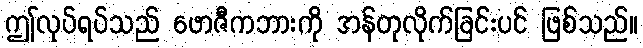
ဤလုပ်ရပ်သည် ဖောဇီကဘားကို အန်တုလိုက်ခြင်းပင် ဖြစ်သည်။